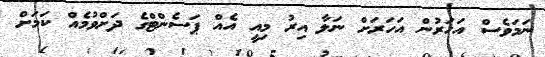
ނަމަވެސް އަހަރުން އަހަރަށް ނަލާ އިރު މިއީ އެއް ޕަސެންޓްގެ ދަށްވުމެއް ކަމަށް